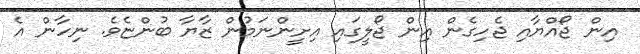
އިން ޖޯއްޔާއި ޖެހިގެން އިން ޖޯލީގައި އިށީންނަމުން ޒާޔާ ބުންޏެވެ. ނިހާން އެ